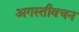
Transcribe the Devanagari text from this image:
अगस्तीवचन